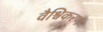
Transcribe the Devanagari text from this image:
वैश्विकरण